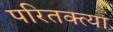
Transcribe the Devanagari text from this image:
परितक्त्या